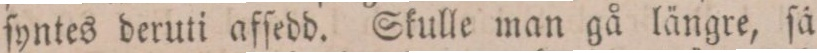
ſyntes deruti afſedd. Skulle man gå längre, ſå